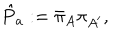
{ \hat { P } } _ { a } : = { \bar { \pi } } _ { A } { \pi } _ { A ^ { \prime } } ,